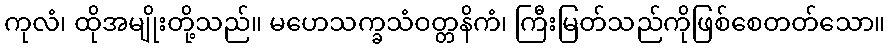
ကုလံ၊ ထိုအမျိုးတို့သည်။ မဟေသက္ခသံဝတ္တနိကံ၊ ကြီးမြတ်သည်ကိုဖြစ်စေတတ်သော။